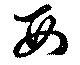
西